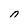
Character: n